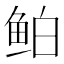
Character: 鲌